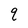
Character: q